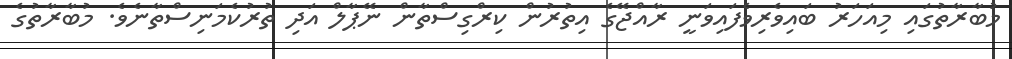
މުބާރާތުގައި މިއަހަރު ބައިވެރިވެފައިވަނީ ރާއްޖޭގެ އިތުރުން ކިރްގިސްތާން ނޭޕާލް އަދި ތުރުކެމަނިސްތާނެވެ. މުބާރާތުގެ